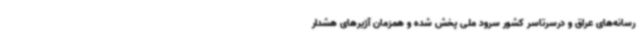
رسانه‌های عراق و درسرتاسر کشور سرود ملی پخش شده و همزمان آژیرهای هشدار